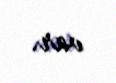
var.